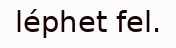
léphet fel.